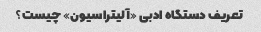
تعریف دستگاه ادبی «آلیتراسیون» چیست؟